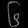
Digit: ၆